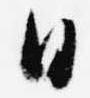
日